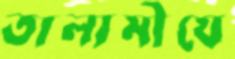
তালামীযে